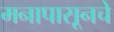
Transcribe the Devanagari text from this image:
मनापासूनचे